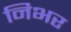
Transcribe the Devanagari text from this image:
निभर